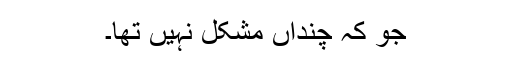
جو کہ چنداں مشکل نہیں تھا۔